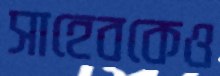
সাহেবকেও